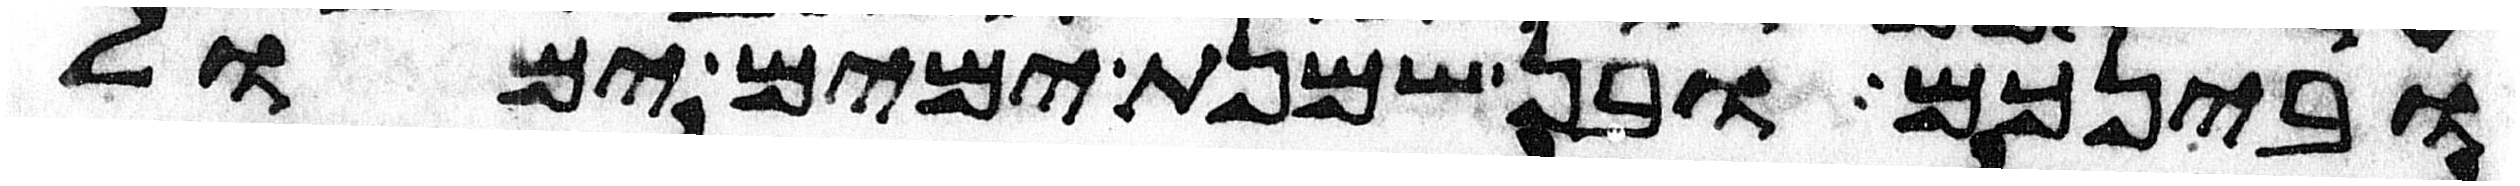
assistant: ובינכם ובן שמנת ימים ימול